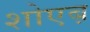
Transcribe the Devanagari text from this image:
शोएब़